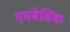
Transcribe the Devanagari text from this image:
एमबेसिक